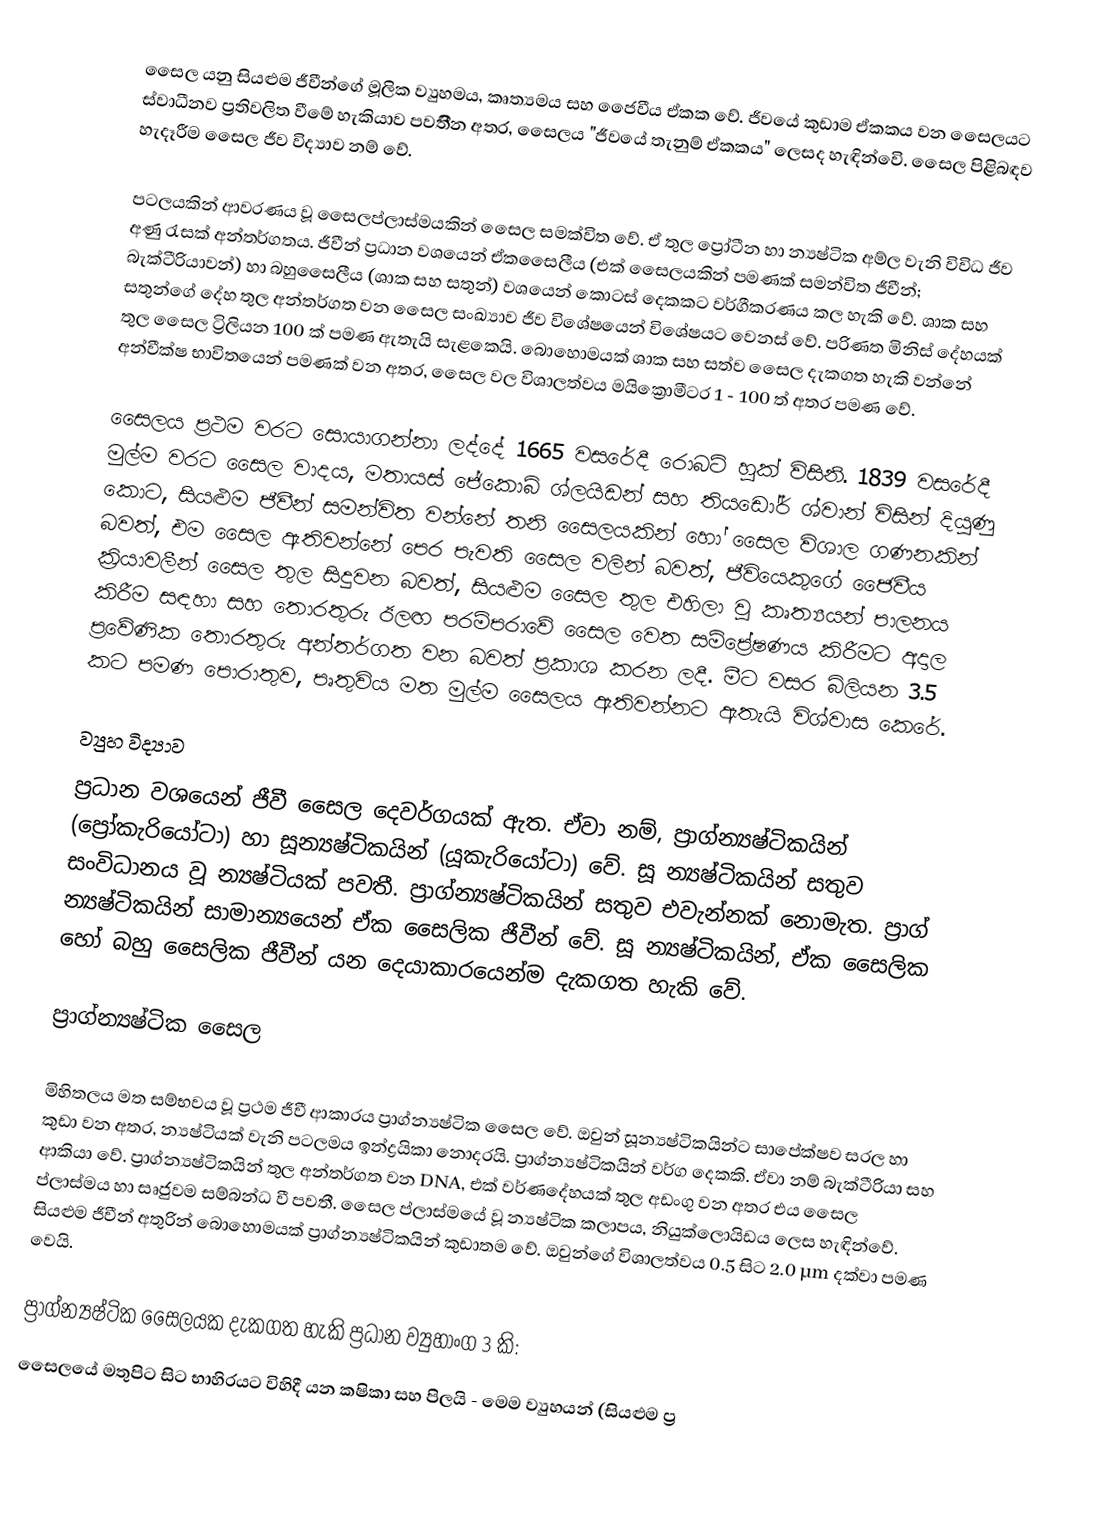
සෛල යනු සියළුම ජීවීන්ගේ මූලික ව්‍යුහමය, කෘත්‍යමය සහ ජෙෙවීය ඒකක වේ. ජීවයේ කුඩාම ඒකකය වන සෙෙලයට ස්වාධීනව ප්‍රතිවලිත වීමේ හැකියාව පවතීින අතර, සෙෙලය "ජීවයේ තැනුම් ඒකකය" ලෙසද හැඳින්වෙි. සෙෙල පිළිබඳව හැදෑරීම සෙෙල ජීව විද්‍යාව නම් වේ.

පටලයකින් ආවරණය වූ සෛලප්ලාස්මයකින් සෙෙල සමක්විත වේ. ඒ තුල ප්‍රෝටීන හා න්‍යෂ්ටික අම්ල වැනි විවිධ ජීව අණු රැසක් අන්තර්ගතය. ජීවීන් ප්‍රධාන වශයෙන් ඒකසෛලීය (එක් සෙෙලයකින් පමණක් සමන්විත ජීවීන්; බැක්ටීරියාවන්) හා බහුසෛලීය (ශාක සහ සතුන්) වශයෙන් කොටස් දෙකකට වර්ගීකරණය කල හැකි වේ. ශාක සහ සතුන්ගේ දේහ තුල අන්තර්ගත වන සෙෙල සංඛ්‍යාව ජීව විශේෂයෙන් විශේෂයට වෙනස් වේ. පරිණත මිනිස් දේහයක් තුල සෙෙල ට්‍රිලියන 100 ක් පමණ ඇතැයි සැළකෙයි. බොහොමයක් ශාක සහ සත්ව සෙෙල දැකගත හැකි වන්නේ අන්වීක්ෂ භාවිතයෙන් පමණක් වන අතර, සෙෙල වල විශාලත්වය මයික්‍රොමීටර 1 - 100 ත් අතර පමණ වේ.

සෙෙලය ප්‍රථම වරට සොයාගන්නා ලද්දේ 1665 වසරේදී රොබට් හුක් විසිනි. 1839 වසරේදී මුල්ම වරට සෙෙල වාදය, මතායස් ජේකොබ් ශ්ලයිඩන් සහ තියඩෝර් ශ්වාන් විසින් දියුණු කොට, සියළුම ජීවීන් සමන්විත වන්නේ තනි සෙෙලයකින් හෝ සෙෙල විශාල ගණනකින් බවත්, එම සෙෙල ඇතිවන්නේ පෙර පැවති සෙෙල වලින් බවත්, ජීවියෙකුගේ ජෙෙවීය ක්‍රියාවලීන් සෙෙල තුල සිදුවන බවත්, සියළුම සෙෙල තුල එහිලා වූ කෘත්‍යයන් පාලනය කිරීම සඳහා සහ තොරතුරු ඊලඟ පරම්පරාවේ සෙෙල වෙත සම්ප්‍රේෂණය කිරීමට අදාල ප්‍රවේණික තොරතුරු අන්තර්ගත වන බවත් ප්‍රකාශ කරන ලදී. මීට වසර බිලියන 3.5 කට පමණ පොරාතුව, පෘතුවිය මත මුල්ම සෙෙලය ඇතිවන්නට ඇතැයි විශ්වාස කෙරේ.

ව්‍යුහ විද්‍යාව
ප්‍රධාන වශයෙන් ජීවී සෛල දෙවර්ගයක් ඇත. ඒවා නම්, ‍ප්‍රාග්න්‍යෂ්ටිකයින් (ප්‍රෝකැරියෝටා) හා සූන්‍යෂ්ටිකයින් (යූකැරියෝටා) වේ. සූ න්‍යෂ්ටිකයින් සතුව සංවිධානය වූ න්‍යෂ්ටියක් පවතී. ප්‍රාග්න්‍යෂ්ටිකයින් සතුව එවැන්නක් නොමැත. ප්‍රාග් න්‍යෂ්ටිකයින් සාමාන්‍යයෙන් ඒක සෙෙලික ජීවීන් වේ. සූ න්‍යෂ්ටිකයින්, ඒක සෙෙලික හෝ බහු සෙෙලික ජීවීන් යන දෙයාකාරයෙන්ම දැකගත හැකි වේ.

ප්‍රාග්න්‍යෂ්ටික සෙෙල

මිහිතලය මත සම්භවය වූ ප්‍රථම ජීවී ආකාරය ප්‍රාග්න්‍යෂ්ටික සෙෙල වේ. ඔවුන් සූන්‍යෂ්ටිකයින්ට සාපේක්ෂව සරල හා කුඩා වන අතර, න්‍යෂ්ටියක් වැනි පටලමය ඉන්ද්‍රයිකා නොදරයි. ප්‍රාග්න්‍යෂ්ටිකයින් වර්ග දෙකකි. ඒවා නම් බැක්ටීරියා සහ ආකියා වේ. ප්‍රාග්න්‍යෂ්ටිකයින් තුල අන්තර්ගත වන DNA, එක් වර්ණදේහයක් තුල අඩංගු වන අතර එය සෙෙල ප්ලාස්මය හා සෘජුවම සම්බන්ධ වී පවතී. සෙෙල ප්ලාස්මයේ වූ න්‍යෂ්ටික කලාපය, නියුක්ලොයිඩය ලෙස හැඳින්වේ. සියළුම ජීවීන් අතුරින් බොහොමයක් ප්‍රාග්න්‍යෂ්ටිකයින් කුඩාතම වේ. ඔවුන්ගේ විශාලත්වය 0.5 සිට 2.0 µm දක්වා පමණ වෙයි.

ප්‍රාග්න්‍යෂ්ටික සෙෙලයක දැකගත හැකි ප්‍රධාන ව්‍යුහාංග 3 කි:
 සෙෙලයේ මතුපිට සිට භාහිරයට විහිදී යන කෂිකා සහ පිලයි - මෙම ව්‍යුහයන් (සියළුම ප්‍ර